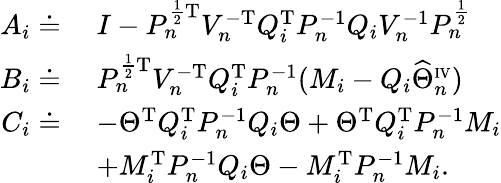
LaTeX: \begin{array}{rl}{A_{i}\doteq\; }&{I-P_{n}^{\frac{1}{2}\mathrm{T}}V_{n}^{-\mathrm{T}}Q_{i}^{\mathrm{T}}P_{n}^{-1}Q_{i}V_{n}^{-1}P_{n}^{\frac{1}{2}}}\\ {B_{i}\doteq\; }&{P_{n}^{\frac{1}{2}\mathrm{T}}V_{n}^{-\mathrm{T}}Q_{i}^{\mathrm{T}}P_{n}^{-1}(M_{i}-Q_{i}\widehat{\Theta}_{n}^{\scriptscriptstyle\mathrm{IV}})}\\ {C_{i}\doteq\; }&{-\Theta^{\mathrm{T}}Q_{i}^{\mathrm{T}}P_{n}^{-1}Q_{i}\Theta+\Theta^{\mathrm{T}}Q_{i}^{\mathrm{T}}P_{n}^{-1}M_{i}}\\ &{+M_{i}^{\mathrm{T}}P_{n}^{-1}Q_{i}\Theta-M_{i}^{\mathrm{T}}P_{n}^{-1}M_{i}.}\end{array}